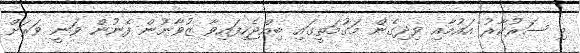
މި ސަރުކާރު އައުމާއި ވިދިގެން މަގުމަތީގައި ބިއްޖެހިފައިވާ ޒުވާނުން ފެނުން ވަނީ ވަރަށް